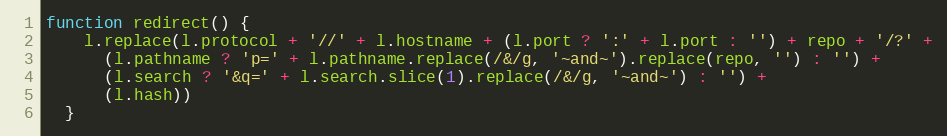
Language: JavaScript
function redirect() {
    l.replace(l.protocol + '//' + l.hostname + (l.port ? ':' + l.port : '') + repo + '/?' +
      (l.pathname ? 'p=' + l.pathname.replace(/&/g, '~and~').replace(repo, '') : '') +
      (l.search ? '&q=' + l.search.slice(1).replace(/&/g, '~and~') : '') +
      (l.hash))
  }